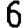
Digit: 6